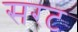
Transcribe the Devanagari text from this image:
सरट